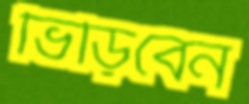
ভিড়িবেন